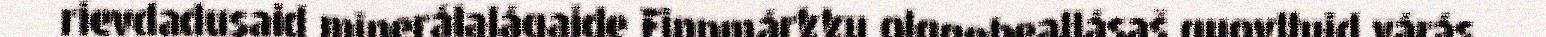
rievdadusaid minerálalágaide Finnmárkku olggobeallásaš guovlluid várás